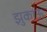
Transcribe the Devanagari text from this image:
झुकाऊ